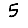
Digit: 5